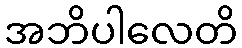
အဘိပါလေတိ